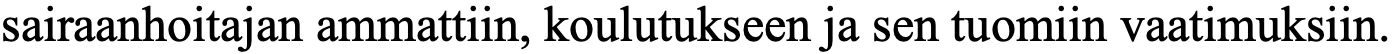
sairaanhoitajan ammattiin, koulutukseen ja sen tuomiin vaatimuksiin.